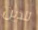
للذين